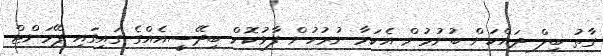
ގާތު ބިލް ދައްކަން ބުނުމުން އެކަމާ ނުރުހުން ފާޅުކޮށް ބިދޭސީއެއްގެ ގައިގައި ޕޭމަންޓް